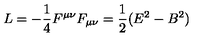
L = - \frac { 1 } { 4 } F ^ { \mu \nu } F _ { \mu \nu } = \frac { 1 } { 2 } ( E ^ { 2 } - B ^ { 2 } )